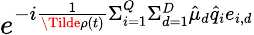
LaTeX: e^{-i\frac{1}{\Tilde{\rho}(t)}\Sigma_{i=1}^{Q}\Sigma_{d=1}^{D}\hat{\mu}_{d}\hat{q}_{i}e_{i,d}}